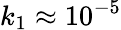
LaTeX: k_{1}\approx 10^{-5}